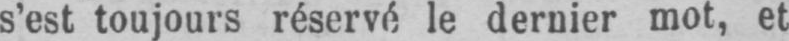
s’est toujours réservé le dernier mot, et